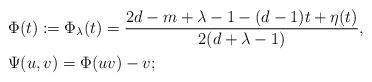
LaTeX: \begin{align*}&\Phi(t):=\Phi_\lambda(t)=\frac{2d-m+\lambda-1-(d-1)t+\eta(t)}{2(d+\lambda-1)},\\&\Psi(u,v)=\Phi(uv)-v;\end{align*}